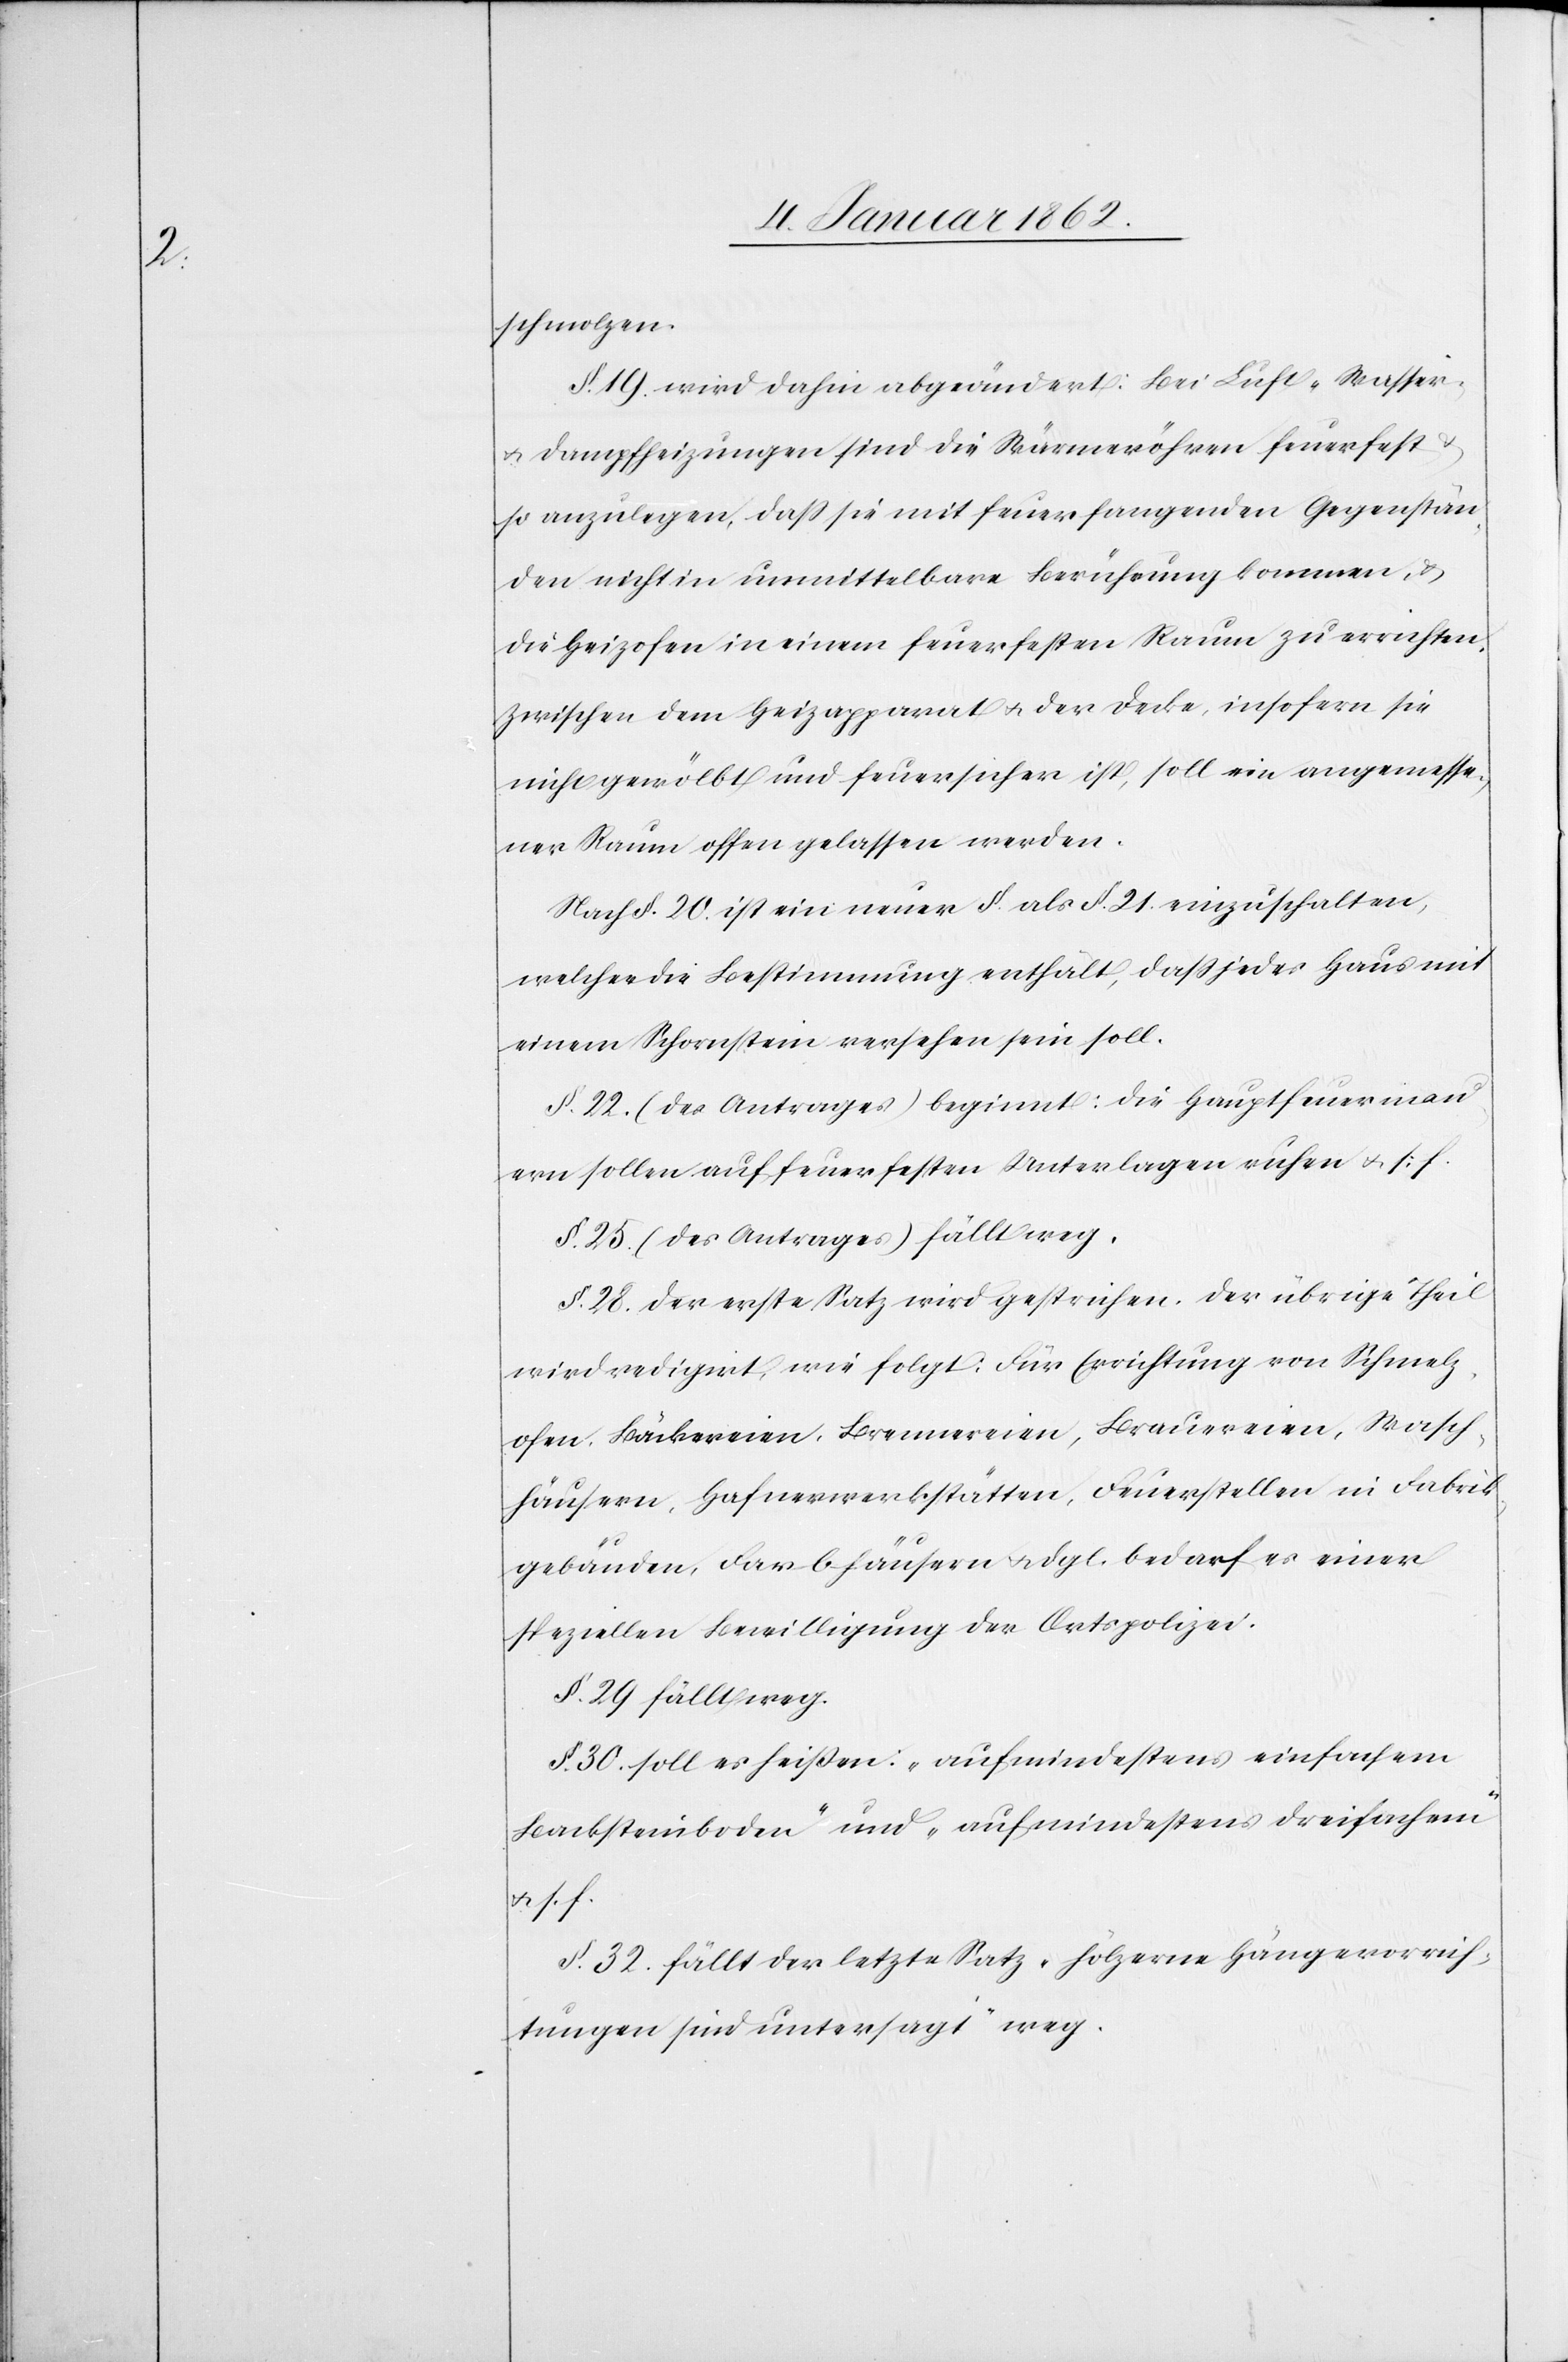
schmolzen.
§. 19. wird dahin abgeändert: Bei Luft- Wasser-
u. Dampfheizungen sind die Wärmeröhren feuerfest u.
so anzulegen, daß sie mit feuerfangenden Gegenstän¬
den nicht in unmittelbare Berührung kommen, u.
die Heizofen in einem feuerfesten Raum zu errichten.
Zwischen dem Heizapparat u. der Decke, insofern sie
nicht gewölbt und feuersicher ist, soll ein angemesse¬
ner Raum offen gelassen werden.
Nach §. 20. ist ein neuer §. als §. 21. einzuschalten,
welcher die Bestimmung enthält, daß jedes Haus mit
einem Schornstein versehen sein soll.
§. 22. (des Antrages) beginnt: die Hauptfeuermau¬
ern sollen auf feuerfesten Unterlagen ruhen u. s. f.
§. 25. (des Antrages) fällt weg.
§. 28. der erste Satz wird gestrichen, der übrige Theil
wird redigirt, wie folgt: Für Errichtung von Schmelz¬
ofen, Bäckereien, Brennereien, Brauereien, Wasch¬
häusern, Hafnerwerkstätten, Feuerstellen in Fabrik¬
gebäuden, Farbhäusern u. dgl. bedarf es einer
speziellen Bewilligung der Ortspolizei.
§. 29. fällt weg.
§. 30. soll es heißen: „auf mindestens einfachem
Backsteinboden“ und „auf mindestens dreifachem“
u. s. f.
§. 32. fällt der letzte Satz „hölzerne Hängevorrich¬
tungen sind untersagt“ weg.